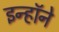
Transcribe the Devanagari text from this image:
इन्हॉने